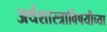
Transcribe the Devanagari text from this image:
अर्थशास्त्राविषयीच्या